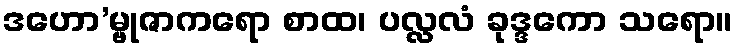
ဒဟော’မ္ဗုဇာကရော စာထ၊ ပလ္လလံ ခုဒ္ဒကော သရော။